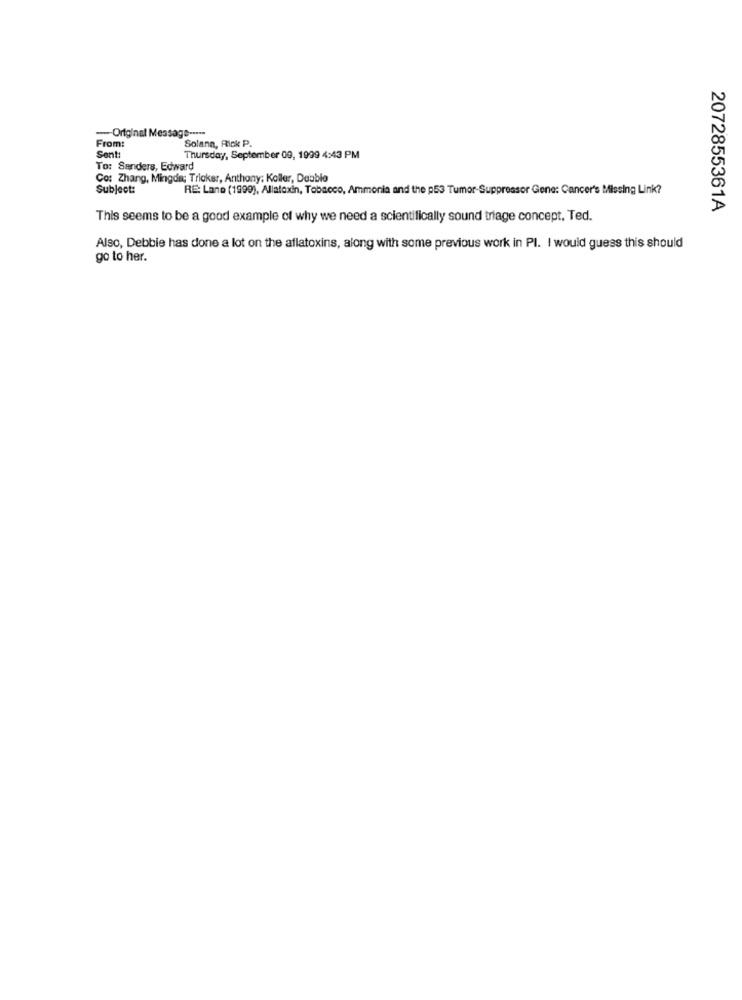
-Original Message -....
Solana, Rick P.
From:
Sent:
Thursday, September 09, 1999 4:43 PM
To: Sanders, Edward
Co: Zhang, Mingde; Trioker, Anthony; Koller, Deable
Subject:
RE: Lane (1999), Allatoxin, Tobacco, Ammonia and the p53 Tumor Suppressor Gene: Cancer's Missing Link?
2072855361A
This seems to be a good example of why we need a scientifically sound triage concept, Ted.
Also, Debbie has done a lot on the aflatoxins, along with some previous work in PI. I would guess this should
go to her.